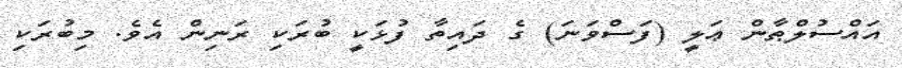
އައްސުލްޠާން ޢަލީ (ފަސްވަނަ) ގެ ދައިތާ ފުޅަކީ ބުރަކި ރަނިން އެވެ. މިބުރަކި